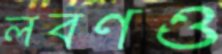
লবণও